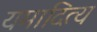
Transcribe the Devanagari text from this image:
यमादित्य